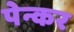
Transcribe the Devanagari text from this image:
पेन्कर